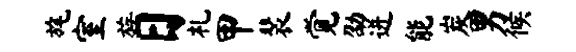
旄室族日札甲裴觉劭迸能炭男候